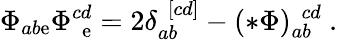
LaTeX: \Phi_{ab\mathrm{e}}\Phi_{\ \ \mathrm{e}}^{cd}=2\delta_{ab}^{\ \ [cd]}-(*\Phi)_{ab}^{\ \ cd}\ .